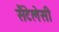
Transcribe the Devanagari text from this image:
सैंटेलेसी